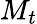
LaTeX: M_{t}